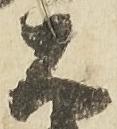
右